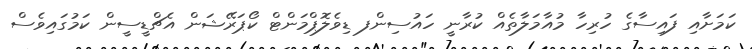
ކަމަށާއި ފައިސާގެ ހުރިހާ މުއާމަލާތެއް ކުރާނީ ހައުސިންފ ޑިވެލޮޕްމަންޓް ކޯޕަރޭޝަން އެޗްޑީސީން ކަމުގައިވެސް